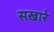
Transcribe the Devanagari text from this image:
सखारे